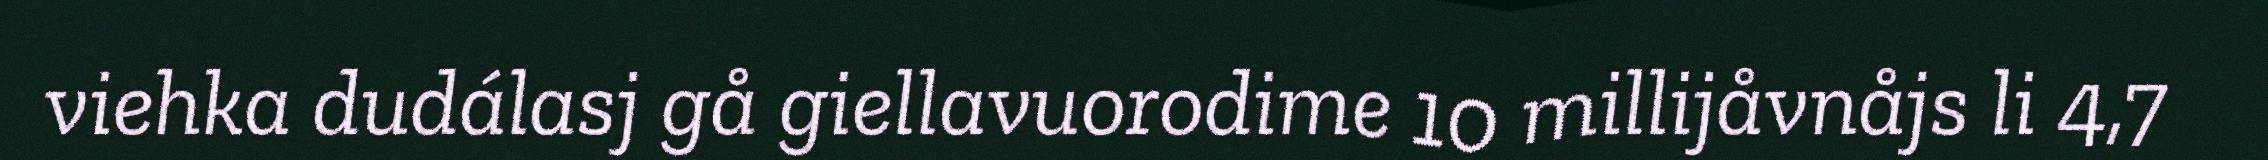
viehka dudálasj gå giellavuorodime 10 millijåvnåjs li 4,7